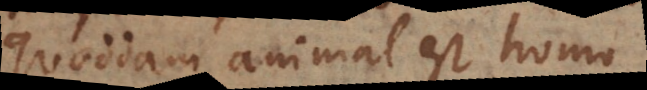
quoddam animal est homo,